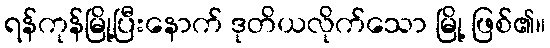
ရန်ကုန်မြို့ပြီးနောက် ဒုတိယလိုက်သော မြို့ ဖြစ်၏။